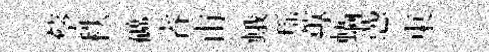
蔡秩礦睿甫蛾瑶蓴蝸慿東